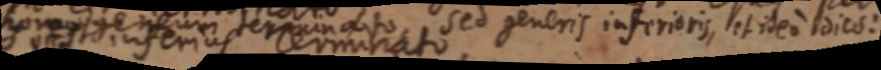
sed generis inferioris, et ideo dies: